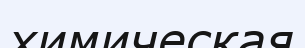
химическая